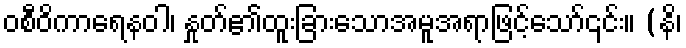
ဝစီဝိကာရေနဝါ၊ နှုတ်၏ထူးခြားသောအမူအရာဖြင့်သော်၎င်း။ (နိ၊